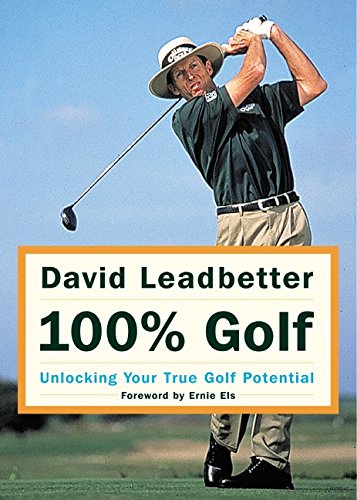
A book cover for David Leadbetter 100% Golf: Unlocking Your True Golf Potential; David Leadbetter; Sports & Outdoors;